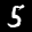
Label: 5